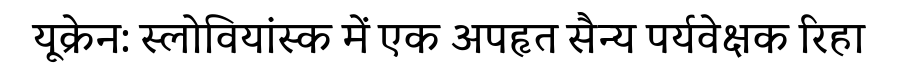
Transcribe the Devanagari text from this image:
यूक्रेन: स्लोवियांस्क में एक अपहृत सैन्य पर्यवेक्षक रिहा